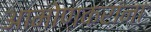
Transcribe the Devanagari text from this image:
आमोणकरांना